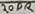
Text: 20DR